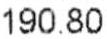
190.80